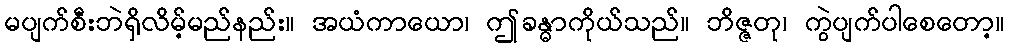
မပျက်စီးဘဲရှိလိမ့်မည်နည်း။ အယံကာယော၊ ဤခန္ဓာကိုယ်သည်။ ဘိဇ္ဇတု၊ ကွဲပျက်ပါစေတော့။